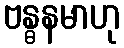
ဗန္ဓနမာဟု